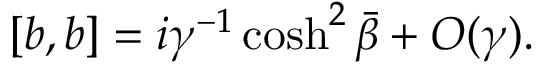
[ b , b ] = i \gamma ^ { - 1 } \cosh ^ { 2 } \bar { \beta } + O ( \gamma ) .